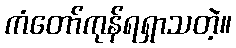
ကံတော်ကုန်ရရှာသတဲ့။